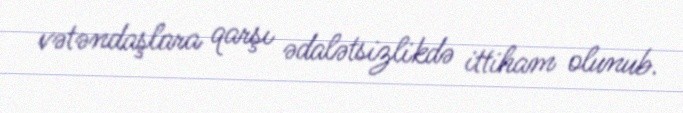
vətəndaşlara qarşı ədalətsizlikdə ittiham olunub.